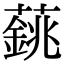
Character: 𦾺